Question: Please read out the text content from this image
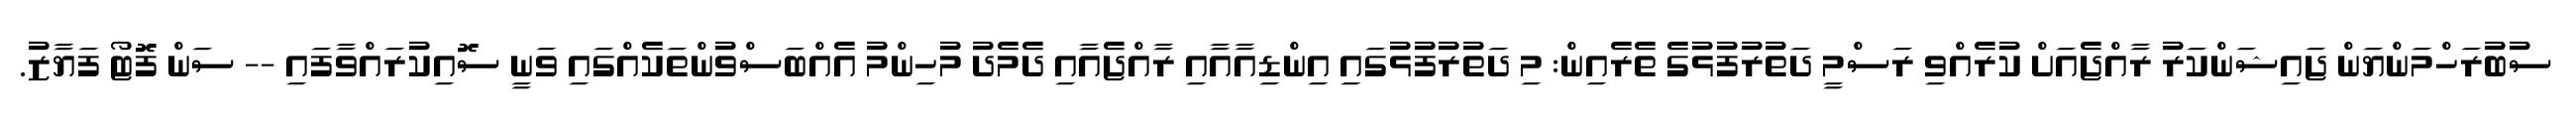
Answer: ސުބުރަހްމަންޔަން ޖައިޝަންކަރު ރާއްޖެއަށް ކުރެއްވި ރަސްމީ ދަތުރުފުޅުގެ ތެރެއިން: މި ދަތުރުފުޅުގައި އިންޑިއާއާއި ރާއްޖެއާއި ދެމެދު މުހިންމު އެއްބަސްވުންތަކެއްގައި ވަނީ ސޮއިކުރައްވާފައި -- ސަން ފޮޓޯ ފަޔާޒު.